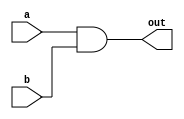
`timescale 1ns / 1ps
//////////////////////////////////////////////////////////////////////////////////
// Company: 
// Engineer: 
// 
// Design Name: 
// Module Name: myAND
// Project Name: 
// Target Devices: 
// Tool Versions: 
// Description: 
// 
// Dependencies: 
// 
// Revision:
// Revision 0.01 - File Created
// Additional Comments:
// 
//////////////////////////////////////////////////////////////////////////////////


module myAND(
    input a,
    input b,
    output out
    );
    
    and a0 (out, a, b);
    
endmodule